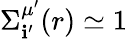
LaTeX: \Sigma_{\mathbf{i}^{\prime}}^{\mu^{\prime}}(r)\simeq1